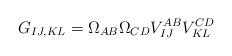
LaTeX: \begin{align*}G_{IJ,KL}=\Omega_{AB}\Omega_{CD}V_{IJ}^{AB}V_{KL}^{CD}\end{align*}